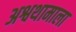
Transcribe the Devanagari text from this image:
अश्वथामाला